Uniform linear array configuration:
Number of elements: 24
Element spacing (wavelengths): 1
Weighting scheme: binomial
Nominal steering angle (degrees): -30
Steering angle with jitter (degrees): -29.824
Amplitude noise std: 0.05
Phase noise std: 0.05

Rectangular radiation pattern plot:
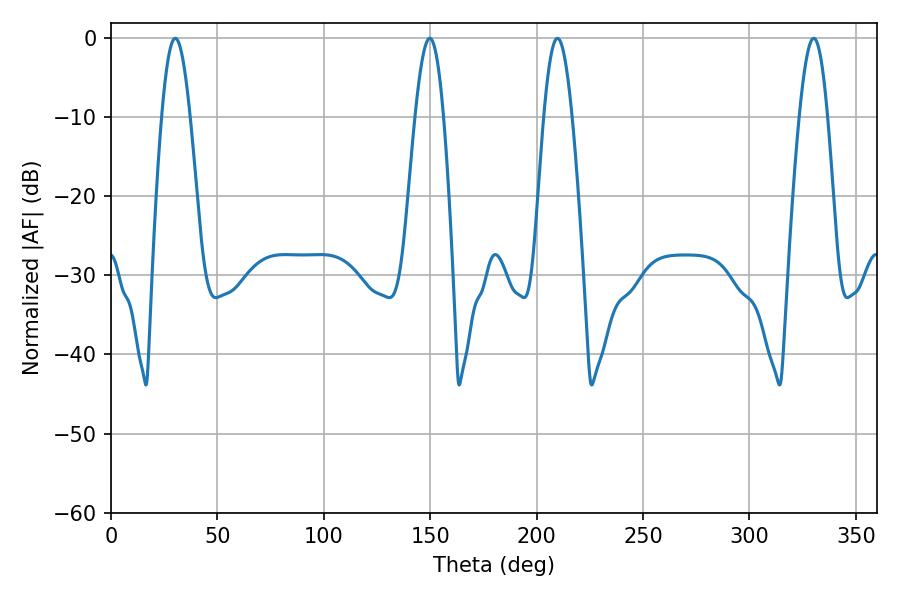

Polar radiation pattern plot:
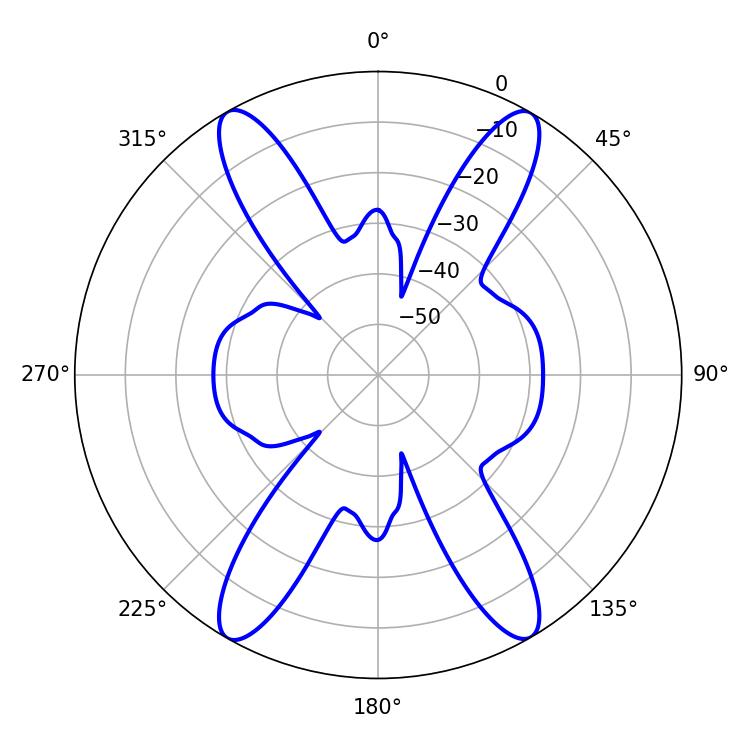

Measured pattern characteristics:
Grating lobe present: TRUE
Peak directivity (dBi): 28.116
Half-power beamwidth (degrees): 7.2
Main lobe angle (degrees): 30.24